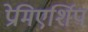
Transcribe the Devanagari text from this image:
प्रेमिएर्शिप